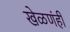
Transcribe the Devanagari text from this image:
खेळणंही